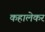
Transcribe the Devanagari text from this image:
कहालेकर